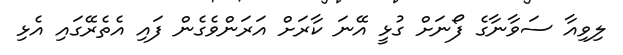
ލިވިއާ ސަވާނާގެ ފޯނަށް ގުޅީ އޭނަ ކާރަށް އަރަންވެގެން ފައި އެތެރޭގައި އެޅި